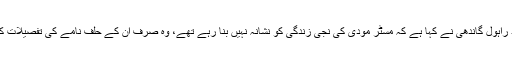
ارون جیٹلی کے انتباہ کے بعد راہول گاندھی نے کہا ہے کہ مسٹر مودی کی نجی زندگی کو نشانہ نہیں بنا رہے تھے، وہ صرف ان کے حلف نامے کی تفصیلات کی طرف توجہ دلا رہے تھے۔